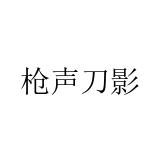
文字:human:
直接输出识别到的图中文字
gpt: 枪声刀影